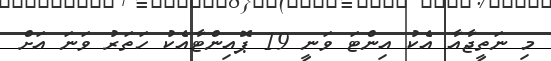
މި ނަތީޖާއާ އެކު އިންޓަ ވަނީ 19 ޕޮއިންޓާއެކު ހަތަރު ވަނަ އަށް